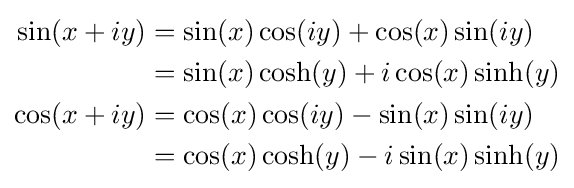
{\begin{aligned}\sin(x+iy)&=\sin(x)\cos(iy)+\cos(x)\sin(iy)\\&=\sin(x)\cosh(y)+i\cos(x)\sinh(y)\\\cos(x+iy)&=\cos(x)\cos(iy)-\sin(x)\sin(iy)\\&=\cos(x)\cosh(y)-i\sin(x)\sinh(y)\\\end{aligned}}